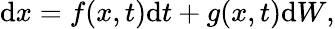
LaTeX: \mathrm{d}x=f(x,t)\mathrm{d}t+g(x,t)\mathrm{d}W,